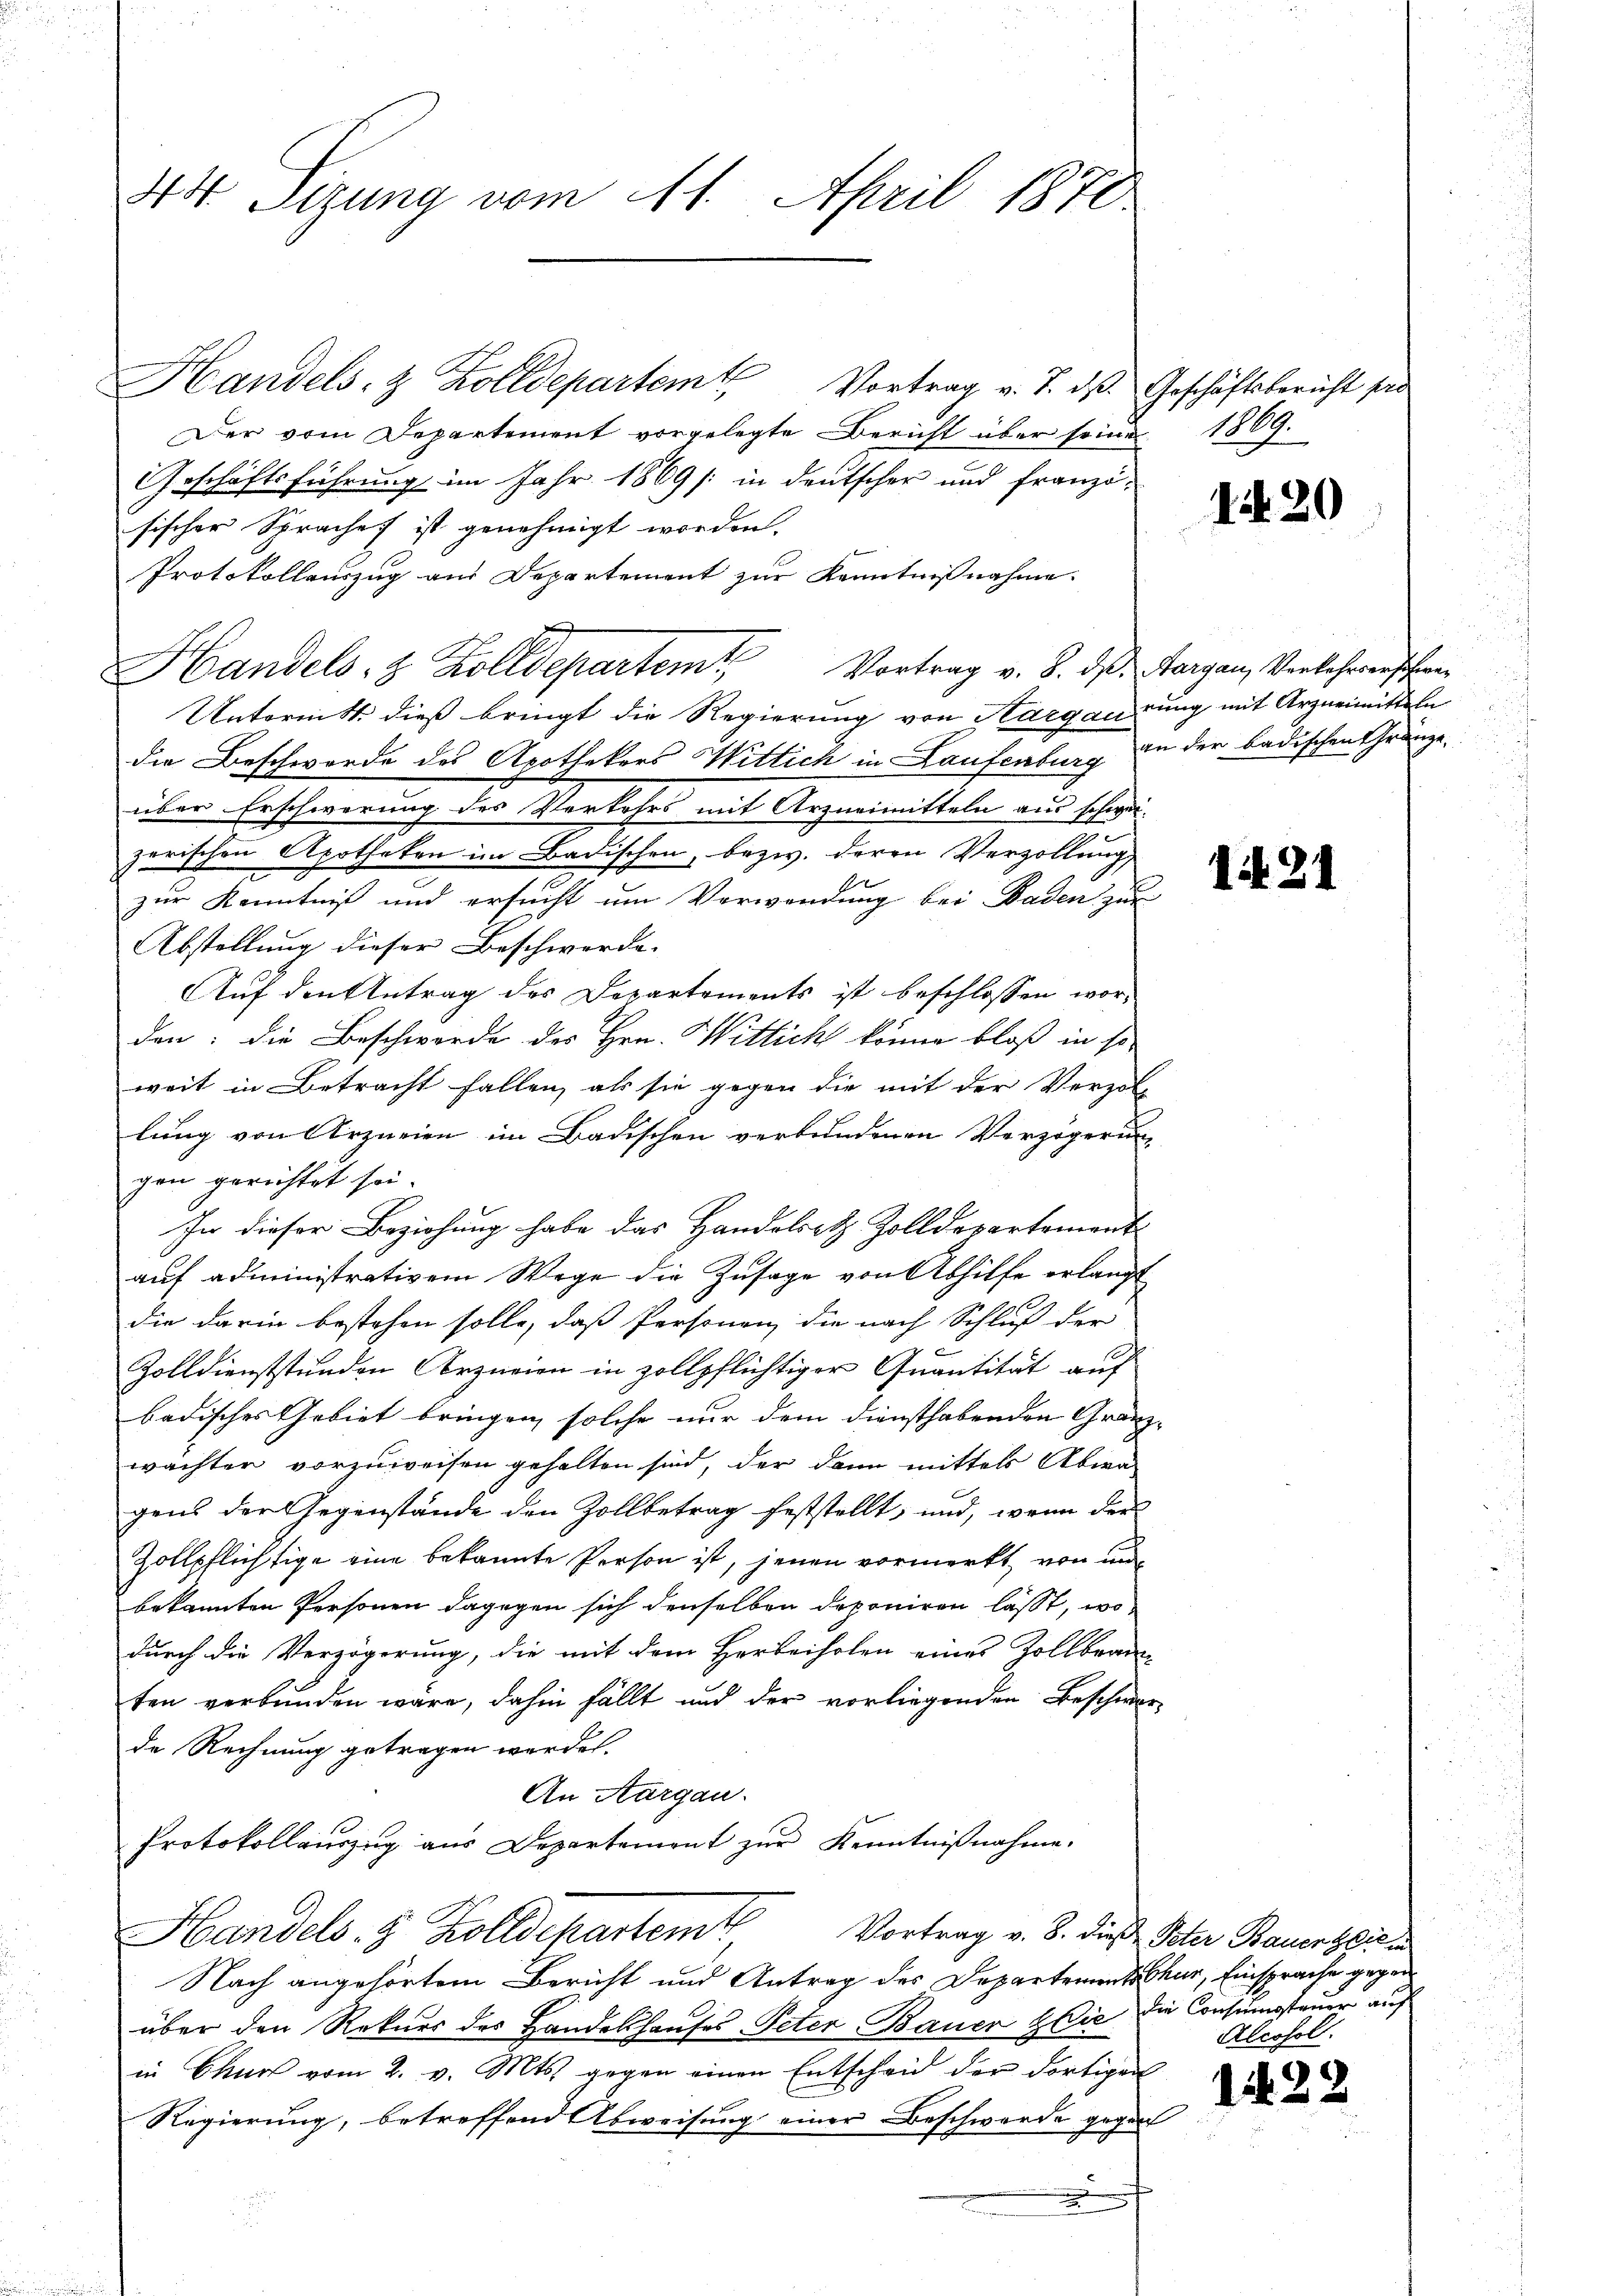
44 Sizung vom 11. April 1870.

Handels- & Zolldepartemt Vortrag v. J. dß. Geschäftsbericht si
Der vom Departement vorgelegte Bericht über seine
Geschäftsführung im Jahr 1869 /: in deutscher und französischer Spraches ist genehmigt worden.
Protokollauszug aus Departement zur Kenntnißnahme
Handels- & Zolldepartem Vortrag v. 8. ds. Aargau, Verkehrerschen
Unternitt dieß bringt die Regierung von Aargaurung mit Arzneimitteln
die Beschwerde des Apothekars Wittich in Laufenburg an der badischen Gränze.
über Erschwerung des Verkehrs mit Arzneimitteln aus schwei-
zerischen Apotheken im Badischen, bezw. deren Verzöllung
zur Kenntniß und ersucht um Verwendung bei Baden zur
Abstellung dieser Beschwerde.
Auf den Antrag des Departements ist beschlossen worden: die Beschwerde des Hrn. Wittich könne bloß in so
weit in Betracht fallen, als sie gegen die mit der Verzol-
lung von Arzneien im Badischen verbundenen Verzögerung
gen gerichtet sei.
In dieser Beziehung habe das Handelsatz Zolldepartement
auf administrativem Wege die Zusage von Abhilfe erlangt
die darin bestehen solle, daß Personen die nach Schluß der

Zolldienststunden Arzneien in zollpflichtiger Quantität auf
badisches Gebiet bringen, solche nur dem diensthabenden Gränzwachten vorzuweisen gehalten sind, der dann mittels Abwa
gens der Gegenstände den Zollbetrag feststellt, und, wenn der
Zollpflichtige eine bekannte Person ist, jenen vormerkt, von und
bekannten Personen dagegen sich denselben deponiren lässt, wo
durch die Verzögerung, die mit dem Herbeiholen eines Zollbeam-
ten verbunden wäre, dahin fällt und der vorliegenden Beschwer-
de Rechnung getragen werden.
An Aargau.
Protokollauszug aus Departement zŭr Kenntnißnahme.
Handels- & Zolldepartemt
Vortrag v. 8. dieß Peter Bauerteien
Nach angehörtem Bericht und Antrag des Departement Chur, Einsprache gegenüber den Rekurs des Handelshauses Peter Bauer Wie die Consumsteuer auf
in Chur vom 2. v. Mts. gegen einen Entscheid der dortigen
Regierung, betreffend Abweisung einer Beschwerde gegen
.
n

1819.

120

1421

Alcosol.

1422